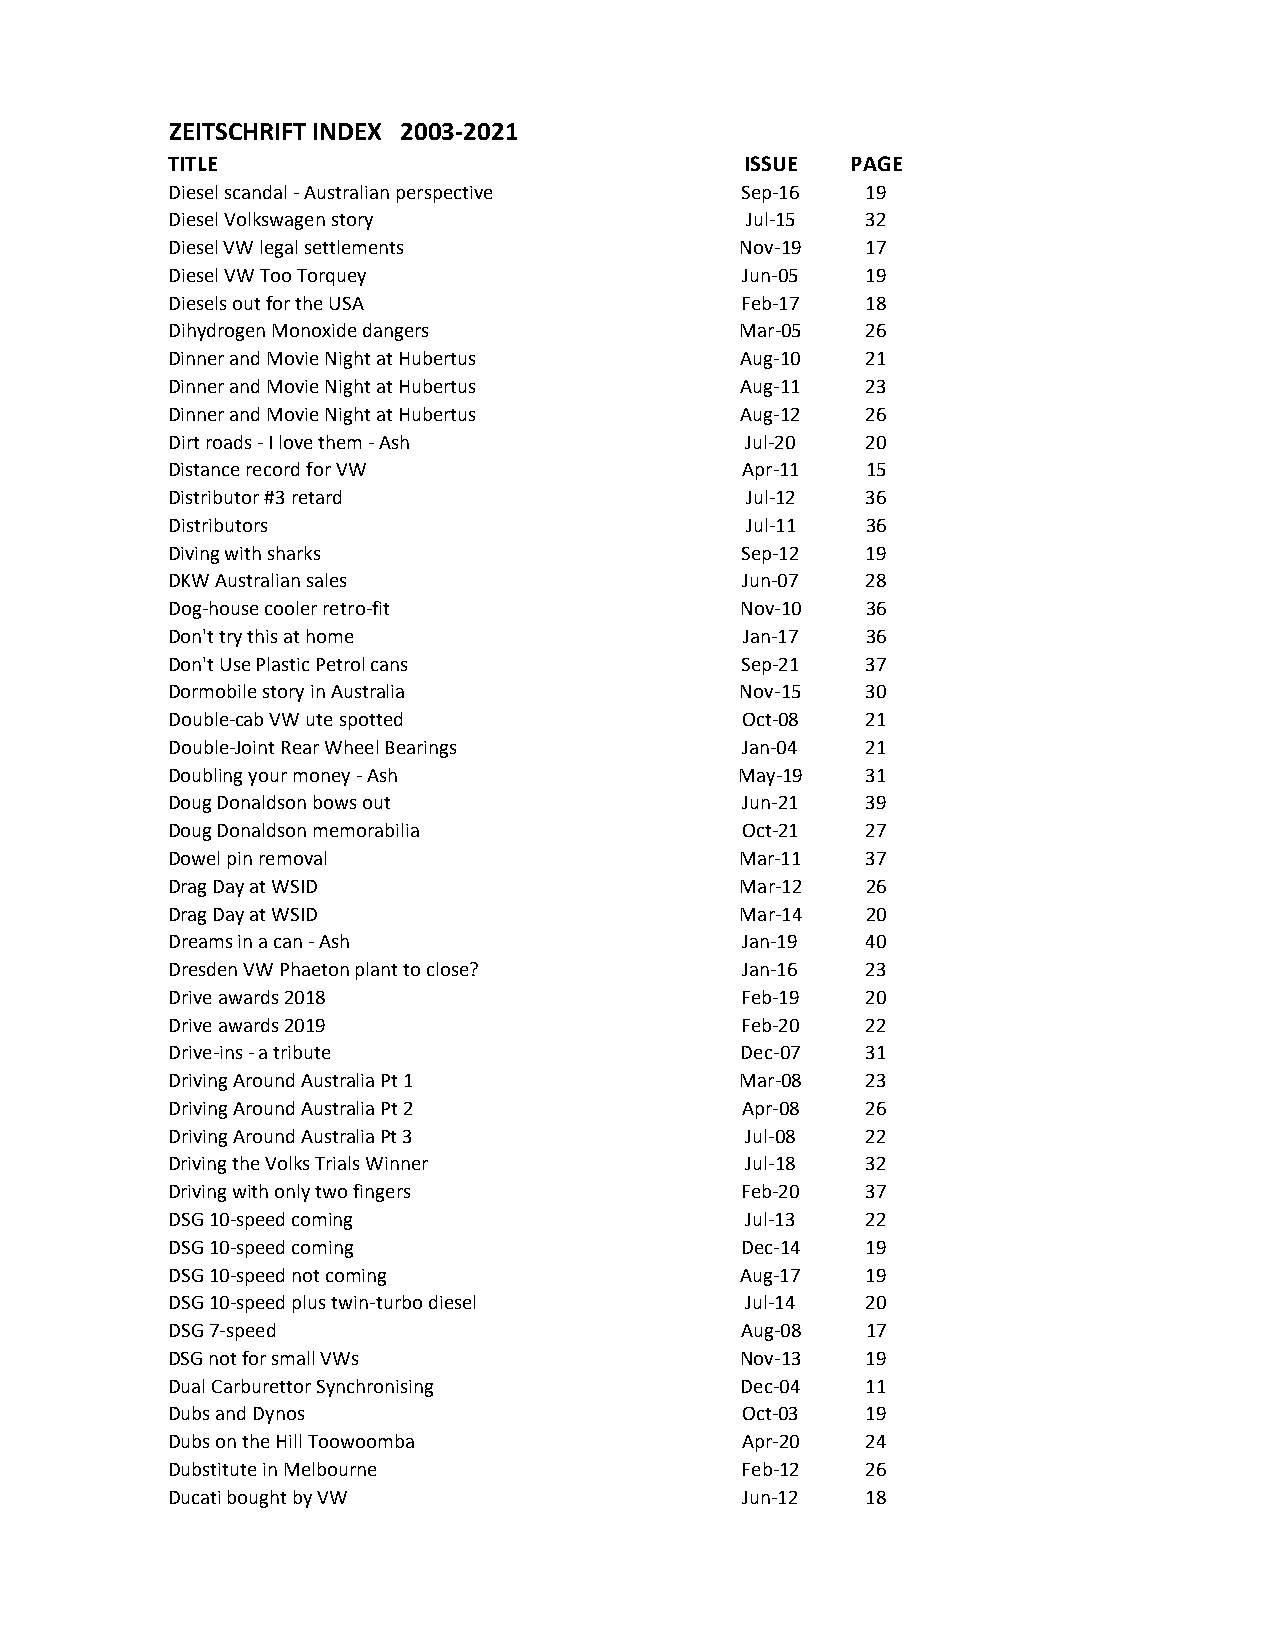
ZEITSCHRIFT INDEX 2003-2021
 TITLE                                 ISSUE  PAGE
 Diesel scandal - Australian perspective Sep-16 19
 Diesel Volkswagen story               Jul-15  32
 Diesel VW legal settlements           Nov-19  17
 Diesel VW Too Torquey                 Jun-05  19
 Diesels out for the USA               Feb-17  18
 Dihydrogen Monoxide dangers           Mar-05  26
 Dinner and Movie Night at Hubertus    Aug-10  21
 Dinner and Movie Night at Hubertus    Aug-11  23
 Dinner and Movie Night at Hubertus    Aug-12  26
 Dirt roads - I love them - Ash        Jul-20  20
 Distance record for VW                Apr-11  15
 Distributor #3 retard                 Jul-12  36
 Distributors                          Jul-11  36
 Diving with sharks                    Sep-12  19
 DKW Australian sales                  Jun-07  28
 Dog-house cooler retro-fit            Nov-10  36
 Don't try this at home                Jan-17  36
 Don't Use Plastic Petrol cans         Sep-21  37
 Dormobile story in Australia          Nov-15  30
 Double-cab VW ute spotted             Oct-08  21
 Double-Joint Rear Wheel Bearings      Jan-04  21
 Doubling your money - Ash             May-19  31
 Doug Donaldson bows out               Jun-21  39
 Doug Donaldson memorabilia            Oct-21  27
 Dowel pin removal                     Mar-11  37
 Drag Day at WSID                      Mar-12  26
 Drag Day at WSID                      Mar-14  20
 Dreams in a can - Ash                 Jan-19  40
 Dresden VW Phaeton plant to close?    Jan-16  23
 Drive awards 2018                     Feb-19  20
 Drive awards 2019                     Feb-20  22
 Drive-ins - a tribute                 Dec-07  31
 Driving Around Australia Pt 1         Mar-08  23
 Driving Around Australia Pt 2         Apr-08  26
 Driving Around Australia Pt 3         Jul-08  22
 Driving the Volks Trials Winner       Jul-18  32
 Driving with only two fingers         Feb-20  37
 DSG 10-speed coming                   Jul-13  22
 DSG 10-speed coming                   Dec-14  19
 DSG 10-speed not coming               Aug-17  19
 DSG 10-speed plus twin-turbo diesel   Jul-14  20
 DSG 7-speed                           Aug-08  17
 DSG not for small VWs                 Nov-13  19
 Dual Carburettor Synchronising        Dec-04  11
 Dubs and Dynos                        Oct-03  19
 Dubs on the Hill Toowoomba            Apr-20  24
 Dubstitute in Melbourne               Feb-12  26
 Ducati bought by VW                   Jun-12  18